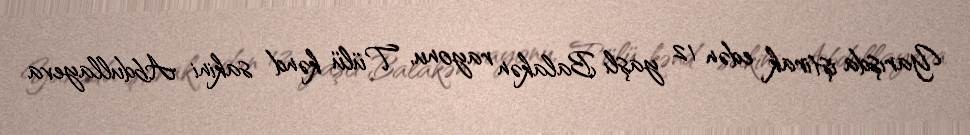
Yarışda iştirak edən 12 yaşlı Balakən rayonu, Tülü kənd sakini Abdullayeva